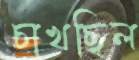
চাখছিল